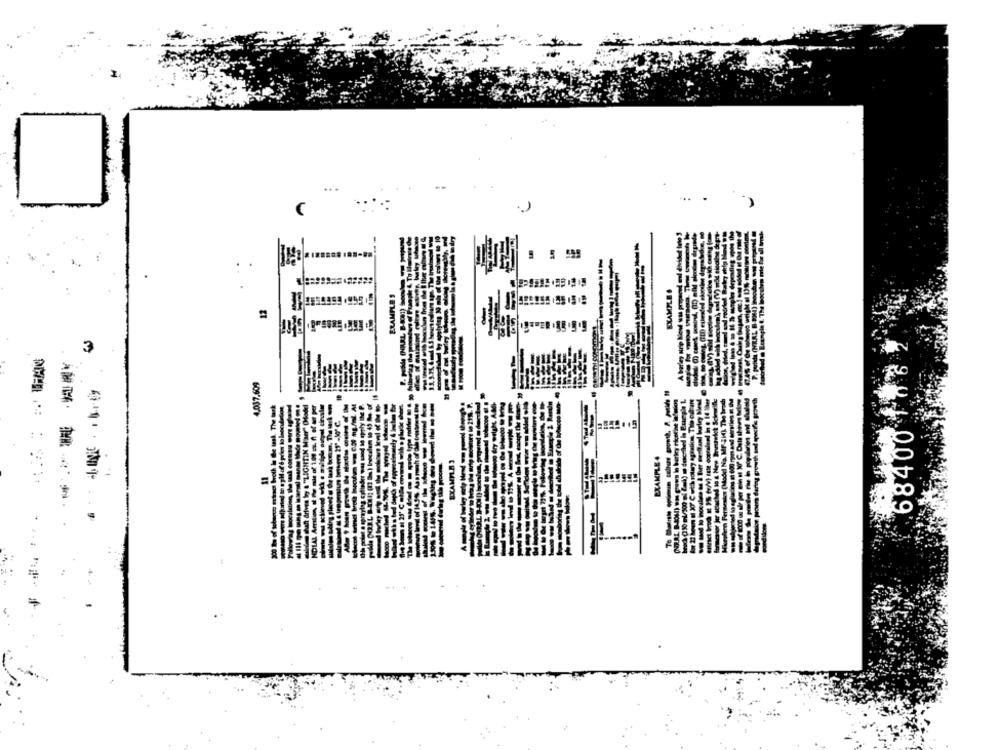
... .
334
EXAMPLE .
EXAMPLES
199 .995 9
3
4,037.609
at The tuk
68400
EXAMPLE 4
I